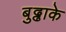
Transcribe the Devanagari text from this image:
बुढ्ढाके